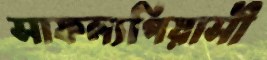
সাফল্যপিয়াসী